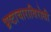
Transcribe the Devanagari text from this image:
भ्रष्टाचाराविरोधी